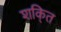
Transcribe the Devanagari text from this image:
शकि्त